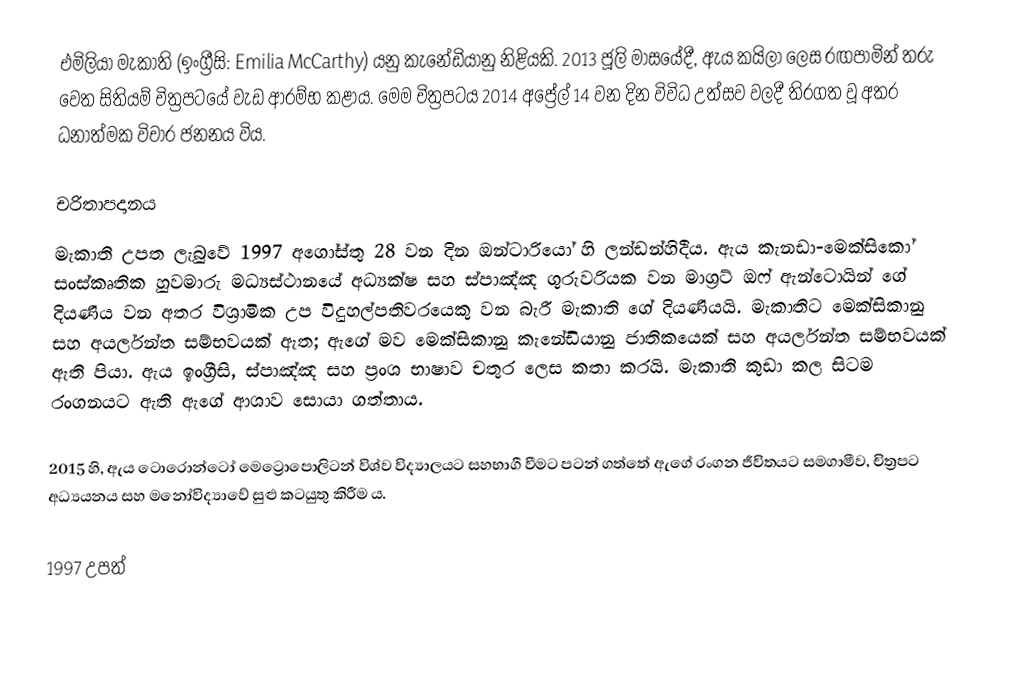
එමිලියා මැකාති (ඉංග්‍රීසි: Emilia McCarthy) යනු කැනේඩියානු නිළියකි. 2013 ජූලි මාසයේදී, ඇය කයිලා ලෙස රඟපාමින් තරු වෙත සිතියම් චිත්‍රපටයේ වැඩ ආරම්භ කළාය. මෙම චිත්‍රපටය 2014 අප්‍රේල් 14 වන දින විවිධ උත්සව වලදී තිරගත වූ අතර ධනාත්මක විචාර ජනනය විය.

චරිතාපදානය
මැකාති උපත ලැබුවේ 1997 අගෝස්තු 28 වන දින ඔන්ටාරියෝ හි ලන්ඩන්හිදීය. ඇය කැනඩා-මෙක්සිකෝ සංස්කෘතික හුවමාරු මධ්‍යස්ථානයේ අධ්‍යක්ෂ සහ ස්පාඤ්ඤ ගුරුවරියක වන මාග්‍රට් ඔෆ් ඇන්ටොයින් ගේ දියණිය වන අතර විශ්‍රාමික උප විදුහල්පතිවරයෙකු වන බැරී මැකාති ගේ දියණියයි. මැකාතිට මෙක්සිකානු සහ අයර්ලන්ත සම්භවයක් ඇත; ඇගේ මව මෙක්සිකානු කැනේඩියානු ජාතිකයෙක් සහ අයර්ලන්ත සම්භවයක් ඇති පියා. ඇය ඉංග්‍රීසි, ස්පාඤ්ඤ සහ ප්‍රංශ භාෂාව චතුර ලෙස කතා කරයි. මැකාති කුඩා කල සිටම රංගනයට ඇති ඇගේ ආශාව සොයා ගත්තාය.

2015 හි, ඇය ටොරොන්ටෝ මෙට්‍රොපොලිටන් විශ්ව විද්‍යාලයට සහභාගී වීමට පටන් ගත්තේ ඇගේ රංගන ජීවිතයට සමගාමීව, චිත්‍රපට අධ්‍යයනය සහ මනෝවිද්‍යාවේ සුළු කටයුතු කිරීම ය.

1997 උපත්